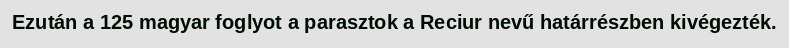
Ezután a 125 magyar foglyot a parasztok a Reciur nevű határrészben kivégezték.